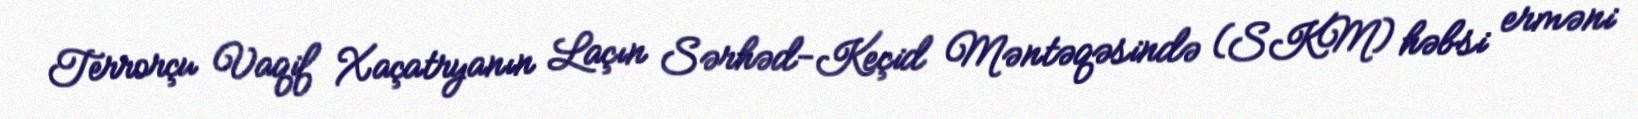
Terrorçu Vaqif Xaçatryanın Laçın Sərhəd-Keçid Məntəqəsində (SKM) həbsi erməni